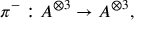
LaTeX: \pi ^ { - } : A ^ { \otimes 3 } \rightarrow A ^ { \otimes 3 } , \quad